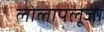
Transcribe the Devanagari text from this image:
लोलापलूजा